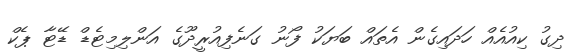
ދިގު ކިއުއެއް ހަދައިގެން އެތައް ބަޔަކު ފޯނު ގަނެފިއުރީދޫގެ އަންލިމިޓެޑް ޑޭޓާ ޕެކް